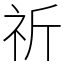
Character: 祈